Scottish Certificate of Education, 1963
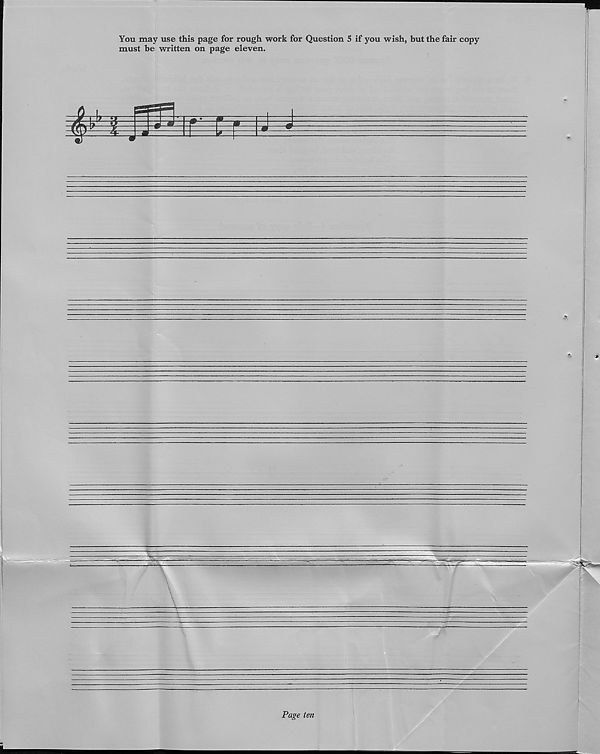
You may use this page for rough work for Question 5 if you wish, but the fair copy
must be written on page eleven.
Page ten